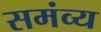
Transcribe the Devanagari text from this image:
समंव्य